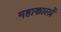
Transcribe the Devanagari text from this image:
महाकालों